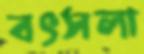
বৎসলা